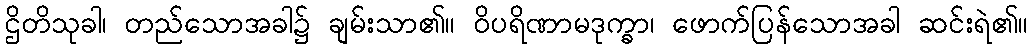
ဌိတိသုခါ၊ တည်သောအခါ၌ ချမ်းသာ၏။ ဝိပရိဏာမဒုက္ခာ၊ ဖောက်ပြန်သောအခါ ဆင်းရဲ၏။